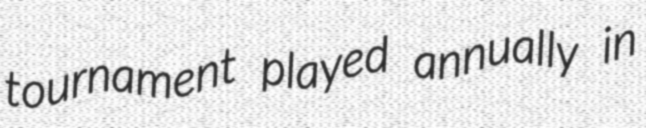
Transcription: tournament played annually in